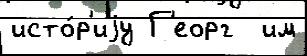
исто́р'иjу Г'еорг  им